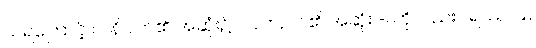
သရကြောင့် ပါ နိပါတ်၏ အဆုံး၌ ဂ် လာ, ပါ ၏ အဆုံး -ါ ကိုလည်း ၊ ရဿ ပြု,